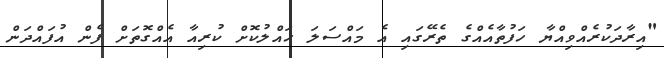
"އިރާދަކުރެއްވިއްޔާ ހަފުތާއެއްގެ ތެރޭގައި އެ މައްސަލަ ހައްލުކޮށް ކުރިއާ އެއްގޮތަށް ފެން އުފައްދަން